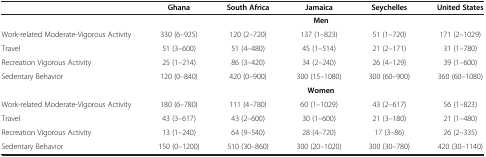
|  | Ghana | South Africa | Jamaica | Seychelles | United States |
 | --- | --- | --- | --- | --- | --- |
 |  | <COLSPAN=5> Men |
 | Work-related Moderate-Vigorous Activity | 330 (6–925) | 120 (2–720) | 137 (1–823) | 51 (1–720) | 171 (2–1029) |
 | Travel | 51 (3–600) | 51 (4–480) | 45 (1–514) | 21 (2–171) | 31 (1–780) |
 | Recreation Vigorous Activity | 25 (1–214) | 86 (3–420) | 34 (2–240) | 26 (4–129) | 39 (1–600) |
 | Sedentary Behavior | 120 (0–840) | 420 (0–900) | 300 (15–1080) | 300 (60–900) | 360 (60–1080) |
 |  | <COLSPAN=5> Women |
 | Work-related Moderate-Vigorous Activity | 180 (6–780) | 111 (4–780) | 60 (1–1029) | 43 (2–617) | 56 (1–823) |
 | Travel | 43 (3–617) | 43 (2–600) | 30 (1–600) | 21 (3–180) | 21 (1–480) |
 | Recreation Vigorous Activity | 13 (1–240) | 64 (9–540) | 28 (4–720) | 17 (3–86) | 26 (2–335) |
 | Sedentary Behavior | 150 (0–1200) | 510 (30–860) | 300 (20–1020) | 300 (30–780) | 420 (30–1140) |